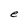
Character: e